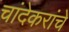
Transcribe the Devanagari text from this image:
चांदेकरांचे